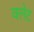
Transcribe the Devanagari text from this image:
वलेट